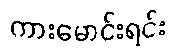
ကားမောင်းရင်း